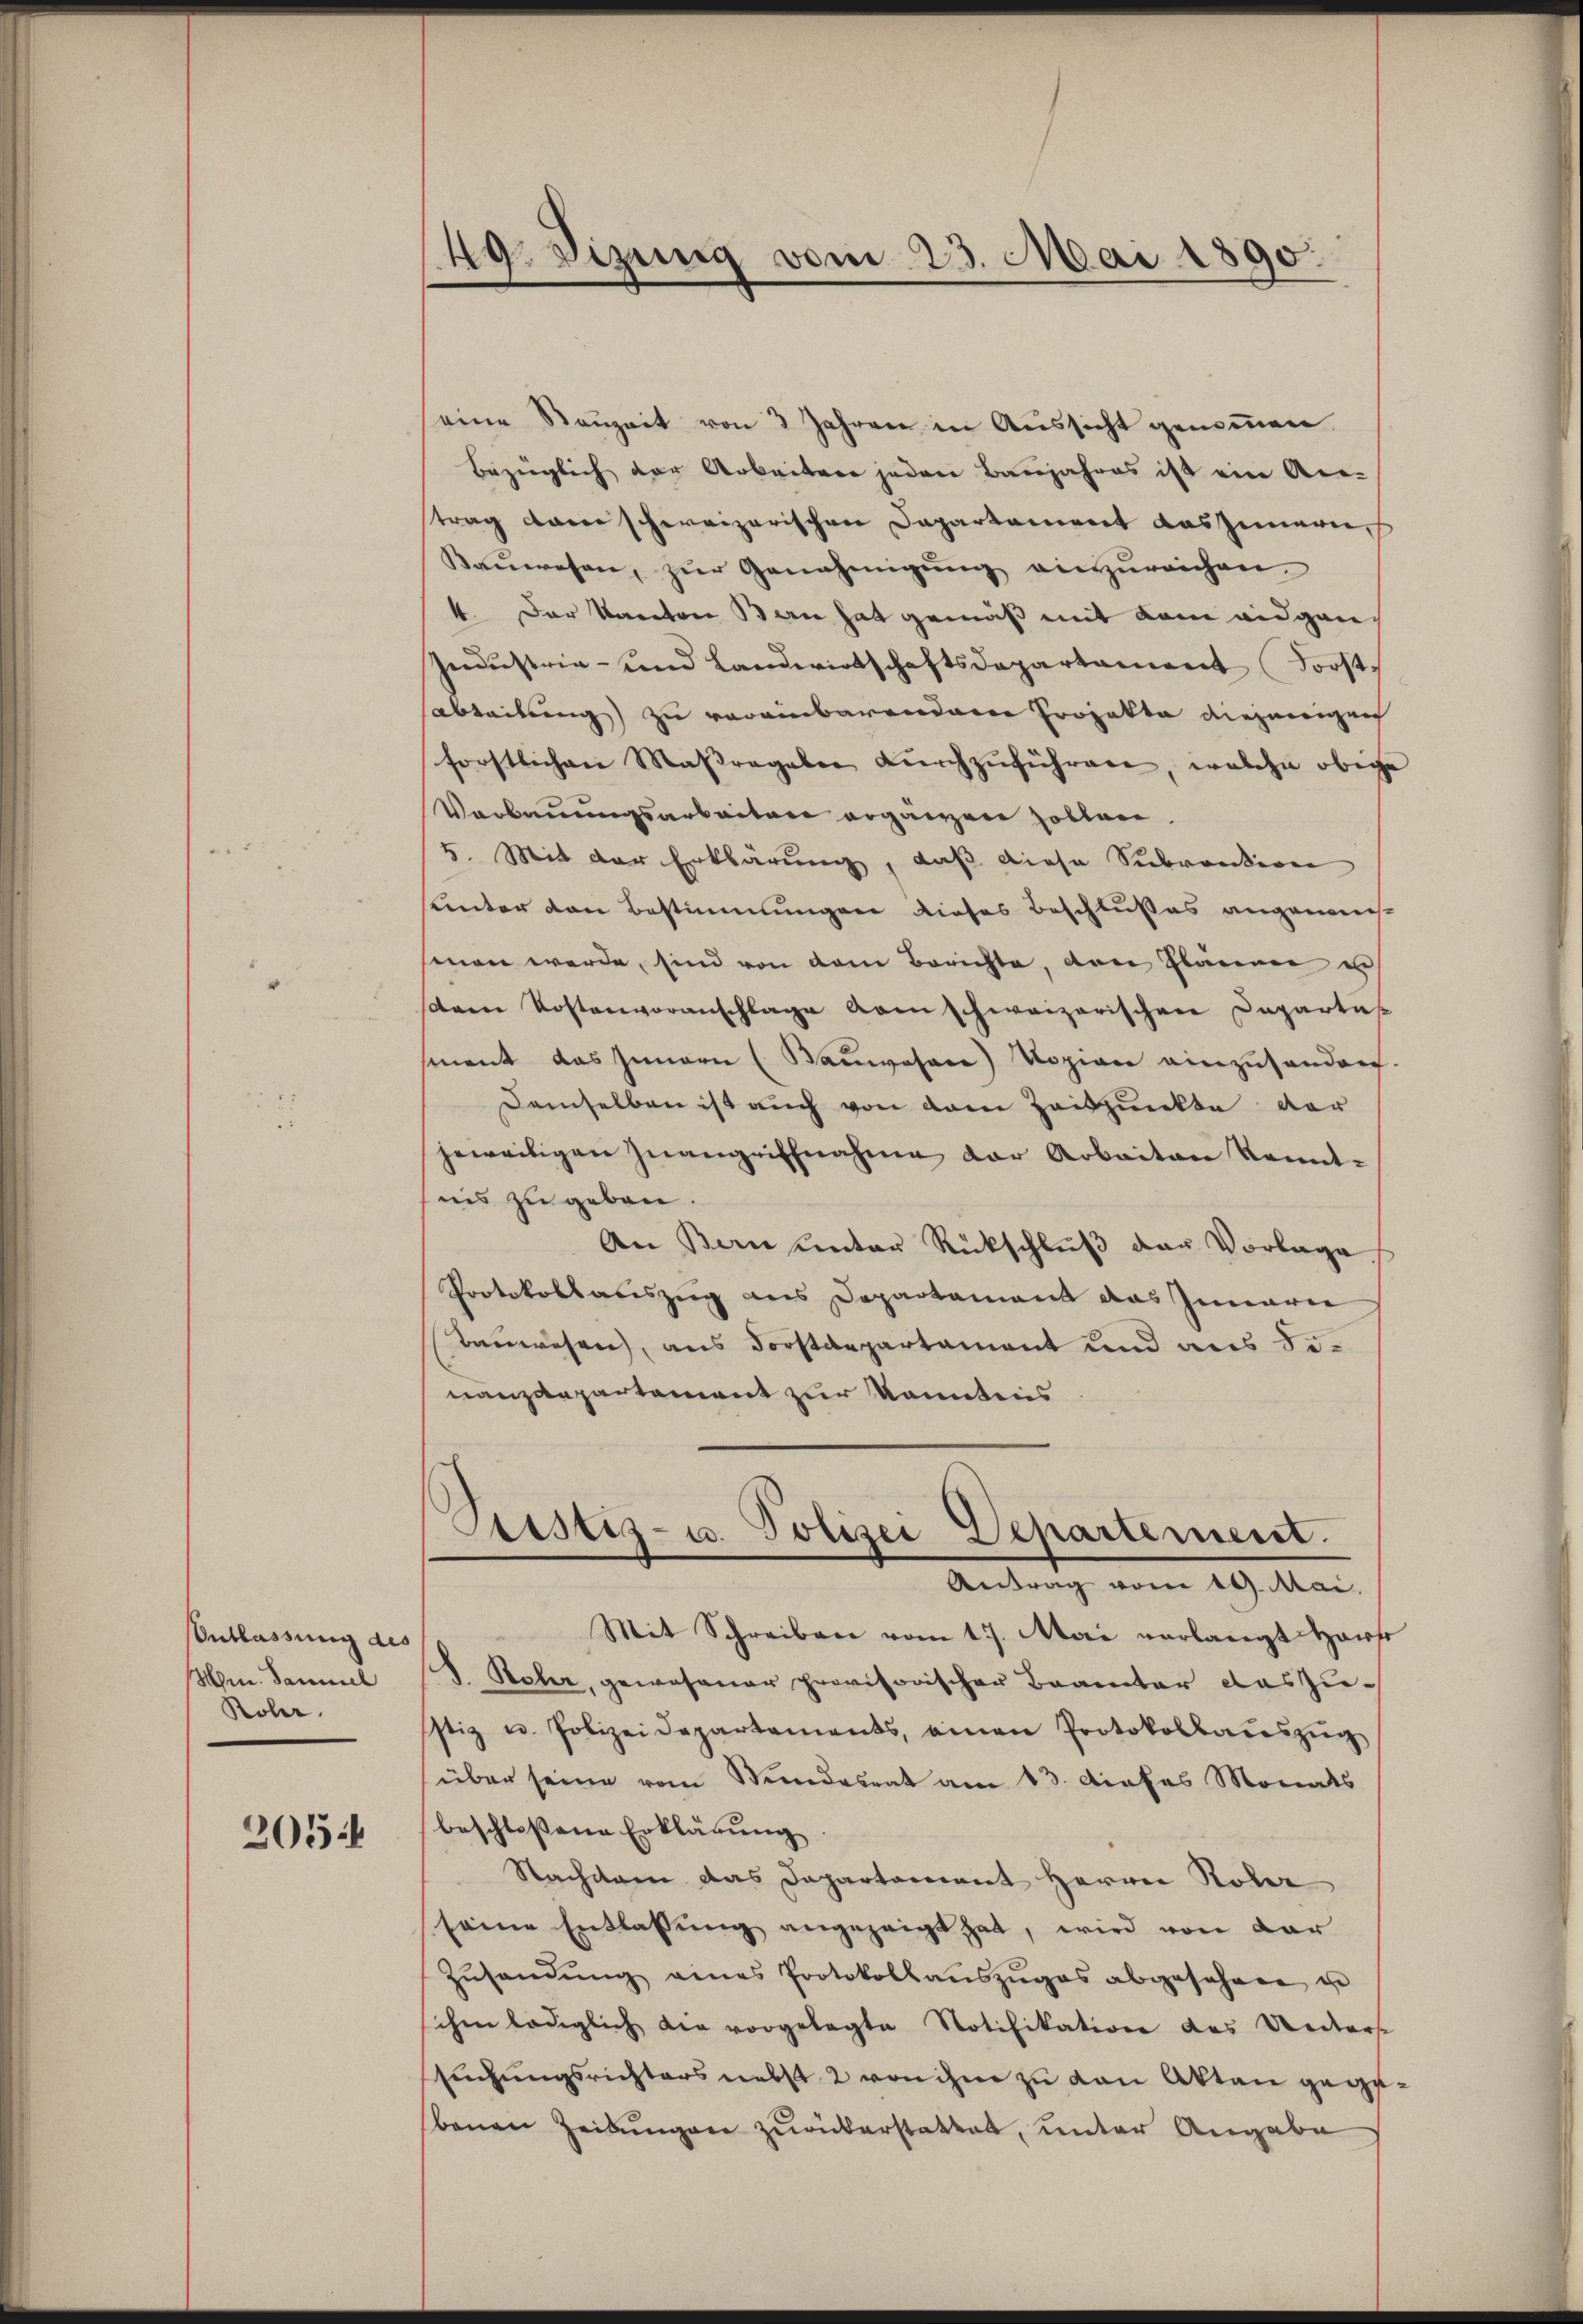
Entlassung des
Hrn. Samuel
Rohr.

205

49. Sizung vom 23. Mai 1890.

eine Raŭzeit von 3 Jahren in Aŭssicht genoṁen.
bezüglich der Arbeiten jeden Banjahres ist ein Antrag dann schweizerischen Departamiert das zumeri
Kaŭwesen, zŭr Genehmigŭng einzŭreichen.
4. Der Kanton Bern hat gemäß mit dem eidgen
Industria- und Landwirtschaftsdepartament Forst
sabteilung zu verainbarendem Projekte diejenigen
forstlichen Massregaler dŭrchzŭführen, welche obige
Verbauungsarbeitere ergänzen Zollen.
5. Mit der Erklärung, daß diese Subvention
unter von Bestimmungen dieses Beschlußes angemes-
sinen werde, sind von dem Berichte, den Gläserer e
same Kostenvoranschlage vom schweizerischen Caparta-
ment das Innern (Baṅwosare) Vopian einzŭsenden.
Demselben ist auch von dem Zeitpunkte der
jeweiligen Inangriffnahme der Arbeiten Kenntnis zu geben
An Bern unter Rückschluß der Vorlage
Protokollauszug aus Departament das Innerer
Bauwesen, aus Forstdepartament und aus Senanzdepartement zur konntens
Atistiz- u. Polizei Departement.
Antrag vom 19. Mai.
Mit Schreiben vom 17. Mai verlangt Harfe
I. Rober, gewesener provisorischen Baarter das zustiz u. Polizeidepartaments, einen Protokollaceszŭg
über seine vom Stundesrat am 13. Dieses Monats
beschlossene Erklärung
Nachdem das Dapartariant Herrn Rober
seine Entlassung angezeigt hat, wird von dar
Zŭsandŭng eines Protokollaŭszŭges abgesehen u
sichen lediglich die vorgelegte Notifikation des Rectors
suchungsrichters nebst 2 von ihm zu von Akten gegebenen Zeitungen zurückerstattet, unter Angabe